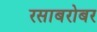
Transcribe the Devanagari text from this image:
रसाबरोबर